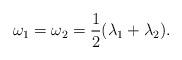
LaTeX: \begin{align*} \omega_1=\omega_2=\frac{1}{2}(\lambda_1 +\lambda_2). \end{align*}